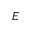
E